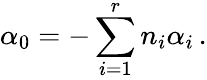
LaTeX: \alpha_{0}=-\sum_{i=1}^{r}n_{i}\alpha_{i}\, .